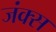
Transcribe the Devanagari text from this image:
जंक्स